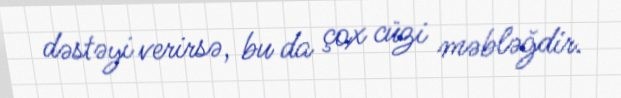
dəstəyi verirsə, bu da çox cüzi məbləğdir.